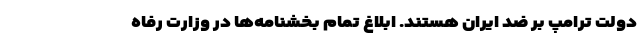
دولت ترامپ بر ضد ایران هستند. ابلاغ تمام بخشنامه‌ها در وزارت رفاه